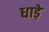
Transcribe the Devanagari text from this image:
धाड़े